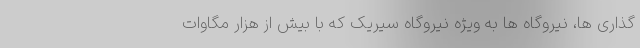
گذاری ها، نیروگاه ها به ویژه نیروگاه سیریک که با بیش از هزار مگاوات